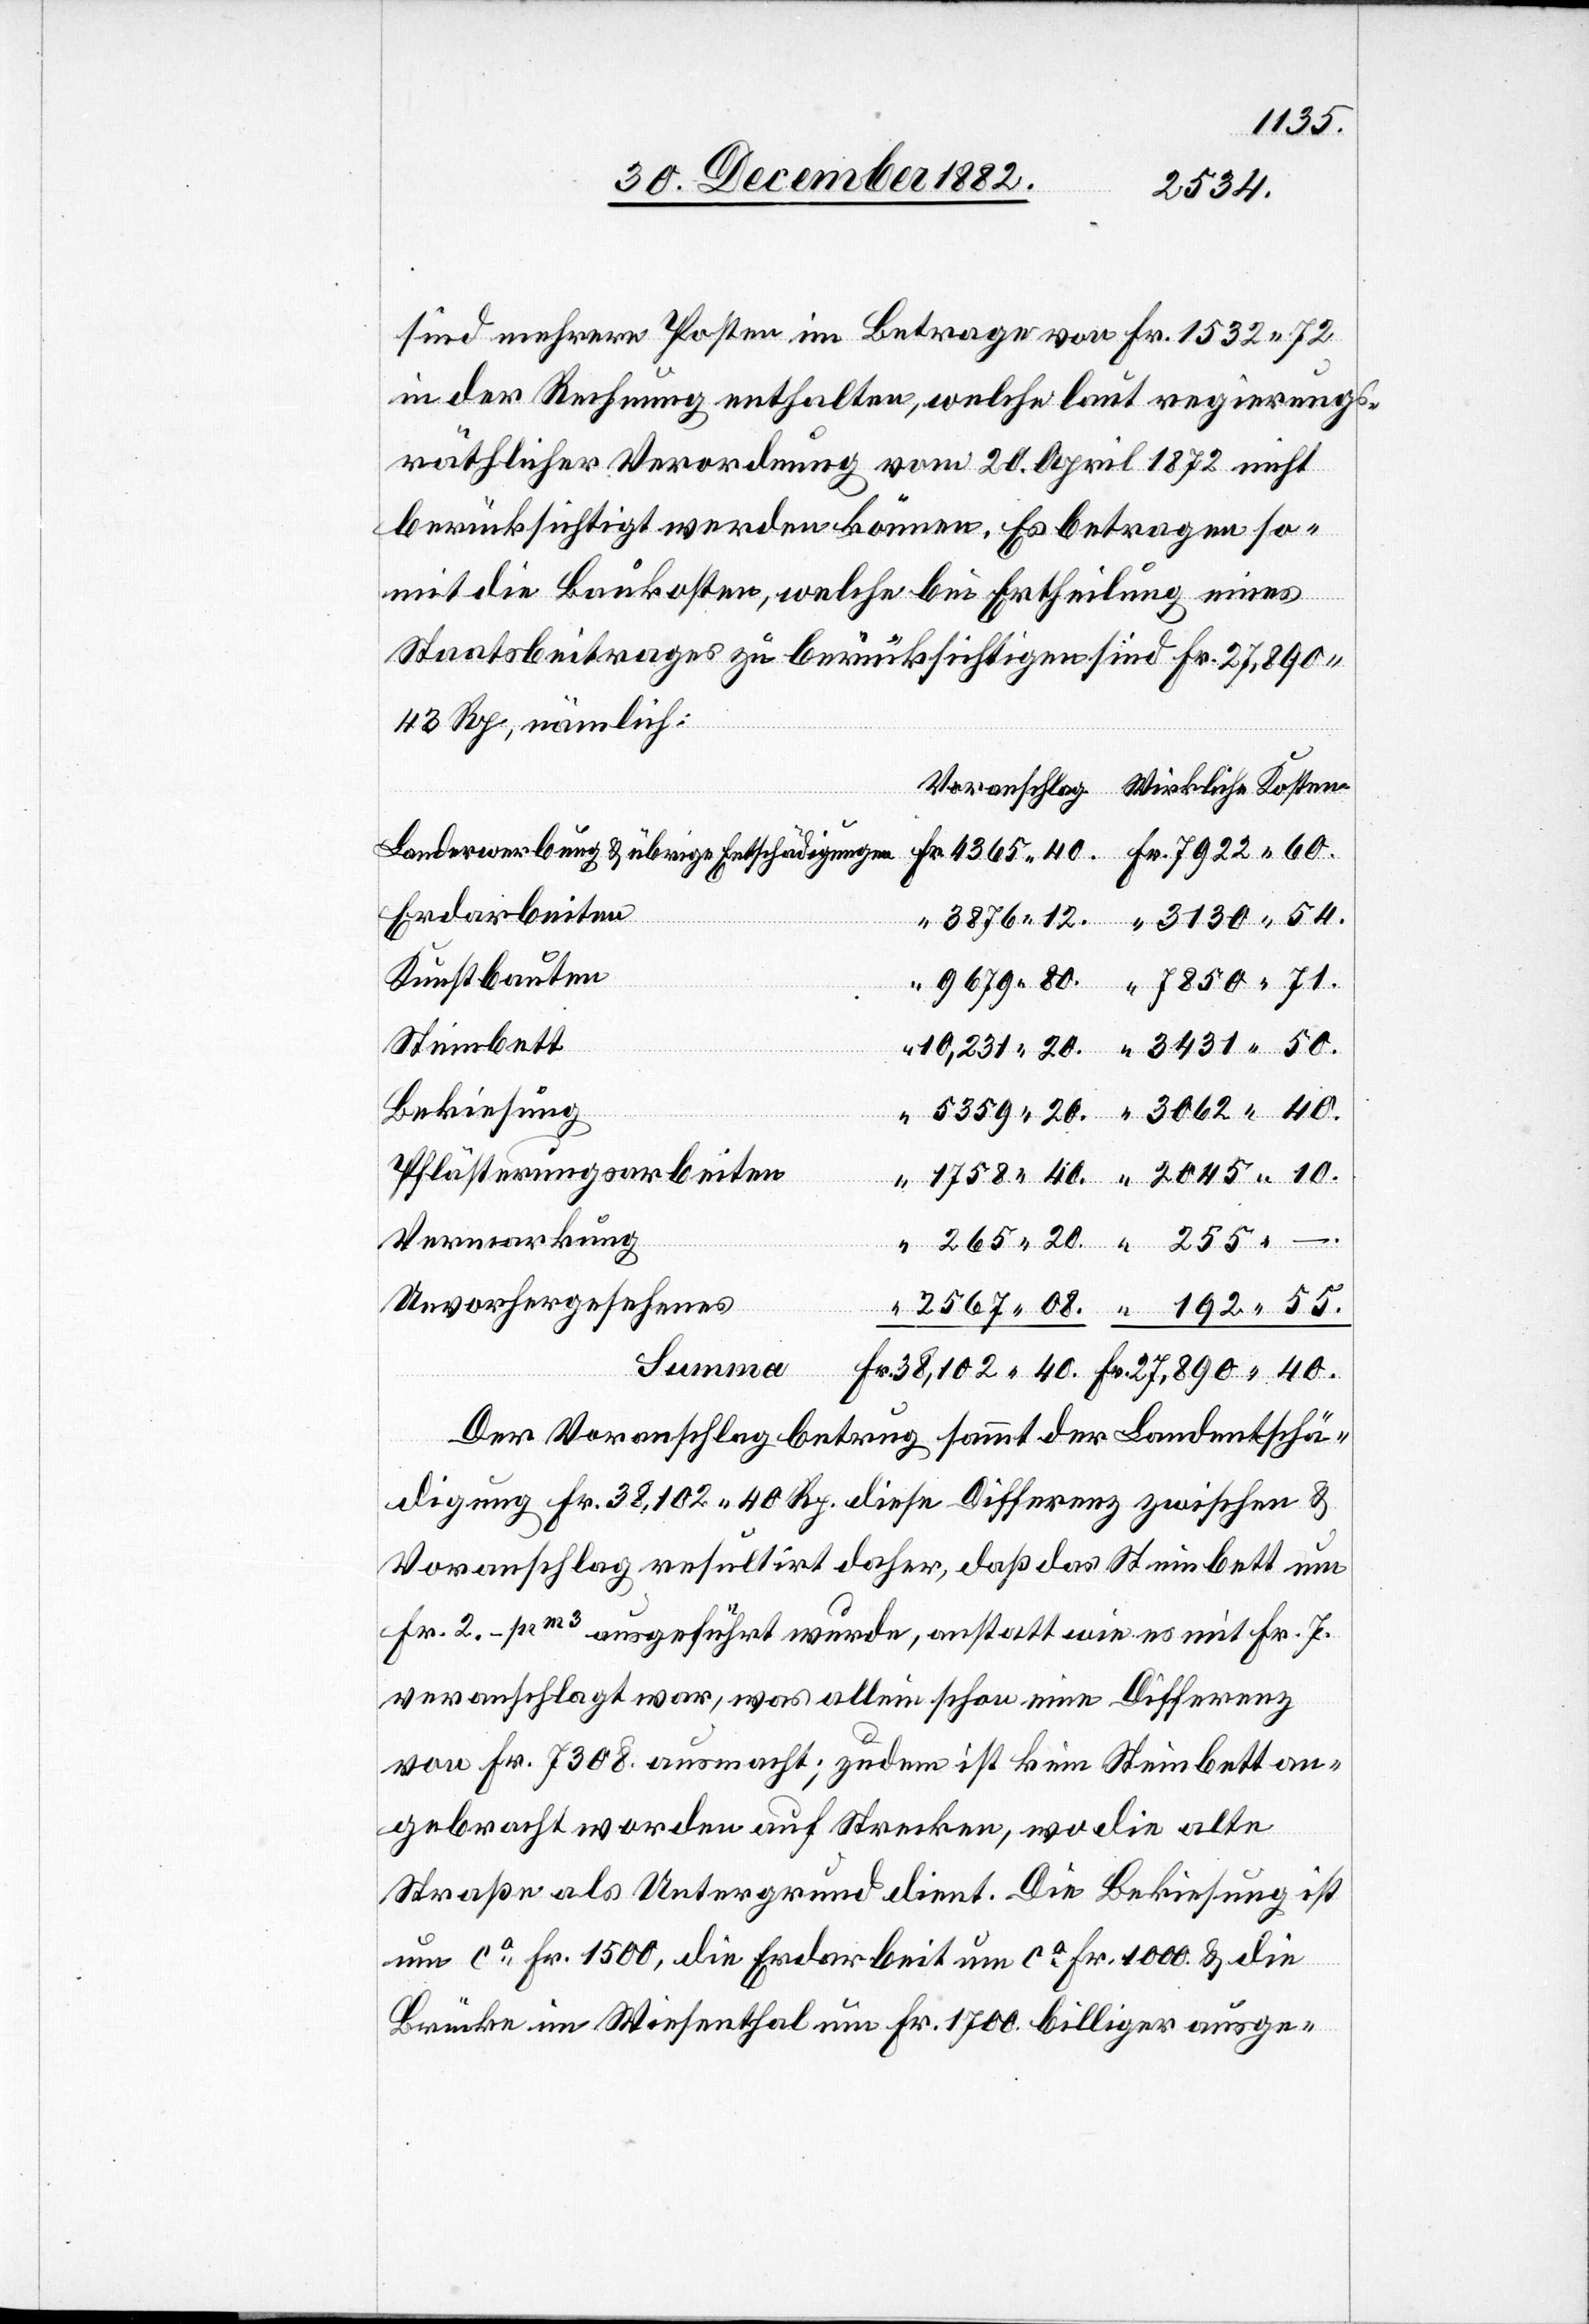
55.
27,890
sind mehrere Posten im Betrage von Fr. 1532 72
in der Rechnung enthalten, welche laut regierungs¬
räthlicher Verordnung vom 20. April 1872 nicht
berücksichtigt werden können. Es betragen so¬
mit die Baukosten, welche bei Ertheilung eines
Staatsbeitrages zu berücksichtigen sind Fr. 27,890
43 Rp., nämlich:
Erdarbeiten
Kunstbauten
Steinbett
Bekiesung
Pflästerungsarbeiten
Vermarkung
–.
Unvorhergesehenes
Summa
Der Voranschlag betrug sammt der Landentschä¬
digung Fr. 38,102 40 Rp. diese [sic!] Differenz zwischen &
Voranschlag [sic!] resultirt daher, daß das Steinbett um
Fr. 2.– pr m3 ausgeführt wurde, anstatt wie es mit Fr. 7.
veranschlagt war, was allein schon eine Differenz
von Fr. 7308. ausmacht; zudem ist kein Steinbett an¬
gebracht worden auf Strecken, wo die alte
Straße als Untergrund dient. Die Bekiesung ist
um ca Fr. 1500, die Erdarbeit um ca Fr. 1000. & die
Brücke im Wiesenthal um Fr. 1700. billiger ausge-